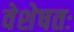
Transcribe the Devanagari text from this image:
वेशेषतः